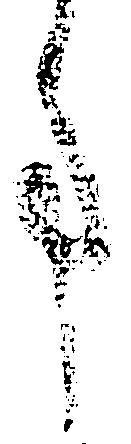
事